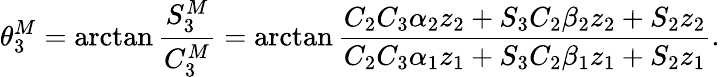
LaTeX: \theta_{3}^{M}=\arctan\frac{S_{3}^{M}}{C_{3}^{M}}=\arctan\frac{C_{2}C_{3}\alpha_{2}z_{2}+S_{3}C_{2}\beta_{2}z_{2}+S_{2}z_{2}}{C_{2}C_{3}\alpha_{1}z_{1}+S_{3}C_{2}\beta_{1}z_{1}+S_{2}z_{1}}.